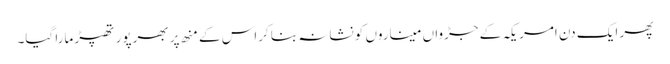
پھر ایک دن امریکہ کے جڑواں میناروں کو نشانہ بنا کراس کے منھ پر بھرپور تھپڑ مارا گیا۔